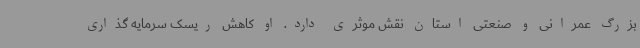
بزرگ عمرانی و صنعتی استان نقش موثری دارد. او کاهش ریسک سرمایه گذاری